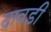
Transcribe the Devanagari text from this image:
दावडी